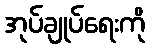
အုပ်ချုပ်ရေးကို